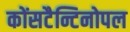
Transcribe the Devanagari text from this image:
कोंसटैन्टिनोपल